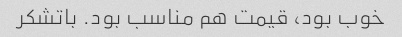
خوب بود، قیمت هم مناسب بود. باتشکر